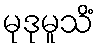
မုဒုမူသိံ